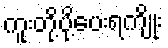
ကူးတို့ပို့ပေးရကျိုး